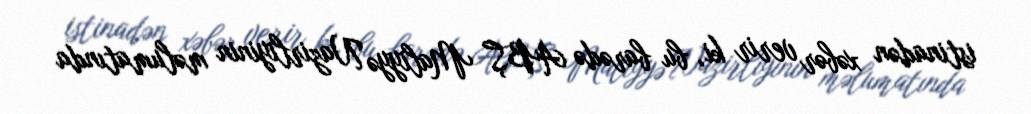
istinadən xəbər verir ki, bu barədə ABŞ Maliyyə Nazirliyinin məlumatında